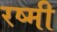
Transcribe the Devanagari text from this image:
रष्मी